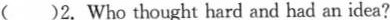
( )2. Who thought hard and had an idea?